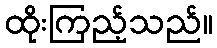
ထိုးကြည့်သည်။